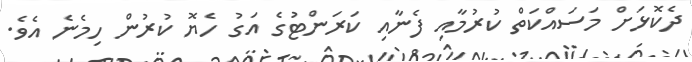
ދެކޮޅަށް މަސައްކަތް ކުރުމާއި ފެނާއި ކަރަންޓުގެ އަގު ހެޔޮ ކުރުން ހިމެނެ އެވެ.